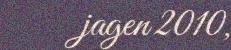
jagen 2010,